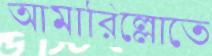
আমারিল্লোতে